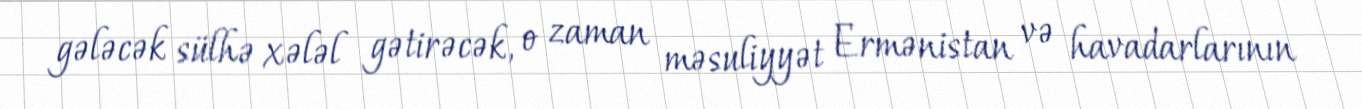
gələcək sülhə xələl gətirəcək, o zaman məsuliyyət Ermənistan və havadarlarının